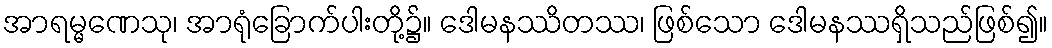
အာရမ္မဏေသု၊ အာရုံခြောက်ပါးတို့၌။ ဒေါမနဿိတဿ၊ ဖြစ်သော ဒေါမနဿရှိသည်ဖြစ်၍။